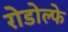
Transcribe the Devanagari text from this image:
रोडोल्फे